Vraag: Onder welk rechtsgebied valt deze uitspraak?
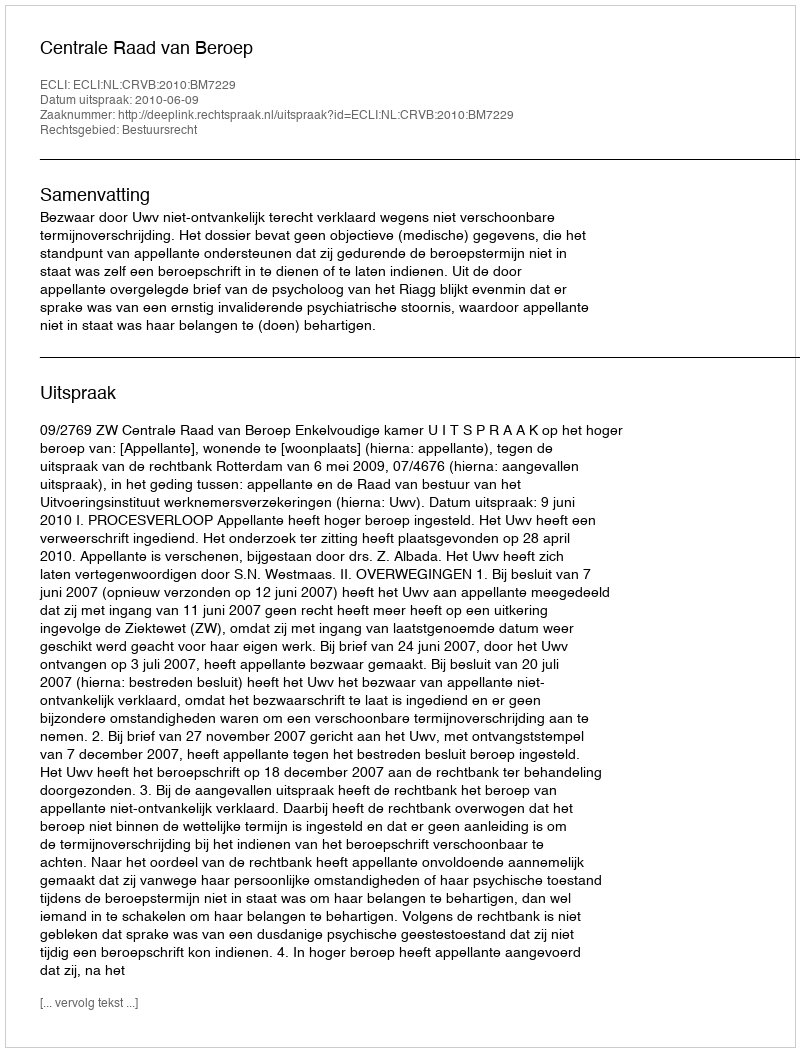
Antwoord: Bestuursrecht